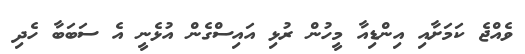
ވެއްޖެ ކަމަށާއި އިންޑިއާ މީހުން ރުޅި އައިސްގެން އުޅެނީ އެ ސަބަބާ ހެދި